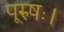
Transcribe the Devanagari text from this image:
पूरुषः।